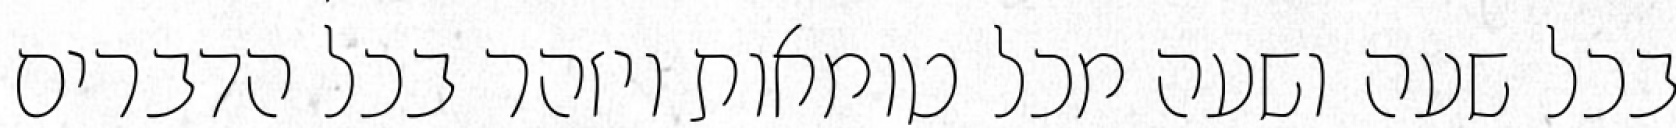
בכל שעה ושעה מכל טומאות ויזהר בכל הדברים